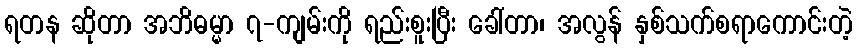
ရတန ဆိုတာ အဘိဓမ္မာ ၇-ကျမ်းကို ရည်းစူးပြီး ခေါ်တာ၊ အလွန် နှစ်သက်စရာကောင်းတဲ့